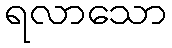
ရလာသော